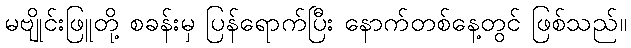
မဗျိုင်းဖြူတို့ စခန်းမှ ပြန်ရောက်ပြီး နောက်တစ်နေ့တွင် ဖြစ်သည်။